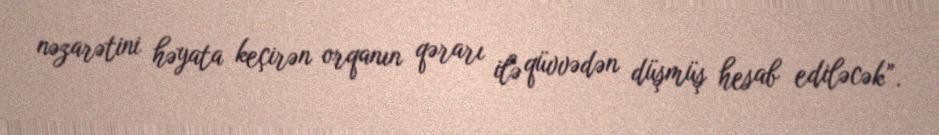
nəzarətini həyata keçirən orqanın qərarı ilə qüvvədən düşmüş hesab ediləcək”.